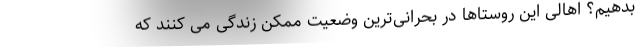
بدهیم؟ اهالی این روستاها در بحرانی‌ترین وضعیت ممکن زندگی می کنند که